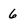
Character: 6